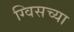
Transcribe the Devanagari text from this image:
ग्विसच्या